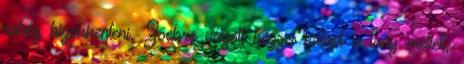
nehéz kizökkenteni. Zsebre vágott kézzel halad a lány mellett,